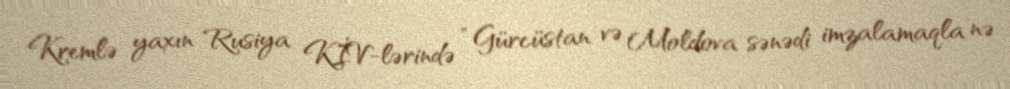
Kremlə yaxın Rusiya KİV-lərində “Gürcüstan və Moldova sənədi imzalamaqla nə